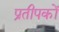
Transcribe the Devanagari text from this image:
प्रतीपकों